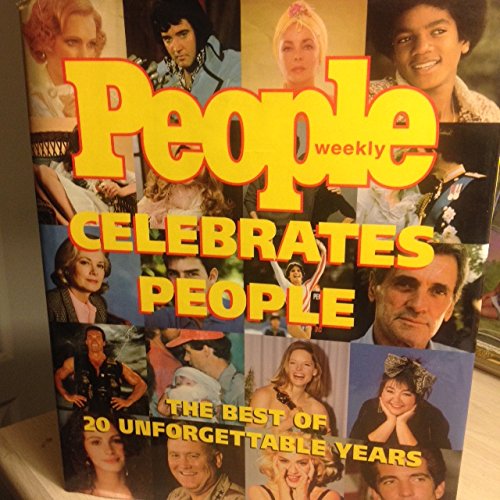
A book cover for People Celebrates People: The Best of 20 Unforgettable Years; Humor & Entertainment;